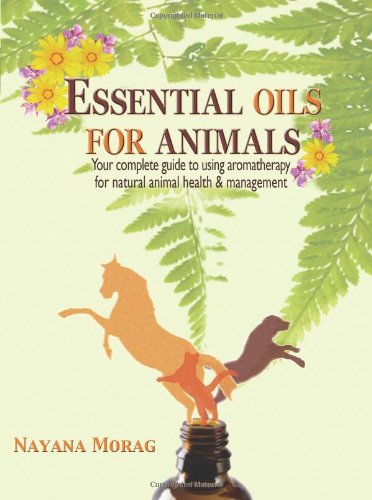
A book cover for Essential Oils for Animals; Nayana Morag; Health, Fitness & Dieting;